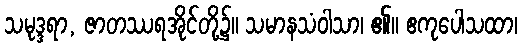
သမုဒ္ဒရာ, ဇာတဿရအိုင်တို့၌။ သမာနသံဝါသာ၊ ၏။ ဧကုပေါသထာ၊